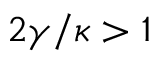
2 \gamma / \kappa > 1